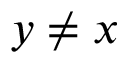
y \ne x